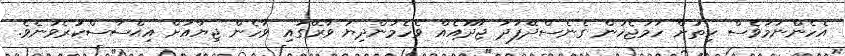
އެހެންނަމަވެސް ހިތަށް ހަމަޖެހުން ގެނެސްދޭފަދަ ޖާދޫއެއް ވެހެމުންދިޔަ ވާރޭގައި ވާހެން ޖިޔާއަށް އިޙްސާސްކުރެވުނެވެ.